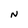
Character: N